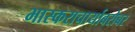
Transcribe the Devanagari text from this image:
भास्कराचार्याबरोबर